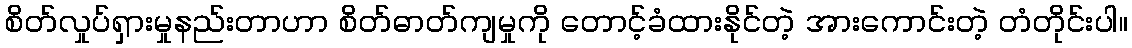
စိတ်လှုပ်ရှားမှုနည်းတာဟာ စိတ်ဓာတ်ကျမှုကို တောင့်ခံထားနိုင်တဲ့ အားကောင်းတဲ့ တံတိုင်းပါ။